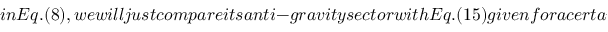
i n E q . ( 8 ) , w e w i l l j u s t c o m p a r e i t s a n t i - g r a v i t y s e c t o r w i t h E q . ( 1 5 ) g i v e n f o r a c e r t a i n r a d i u s